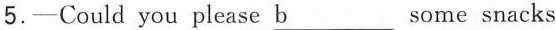
5.—Could you please \underline{b}some snacks